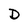
Character: D